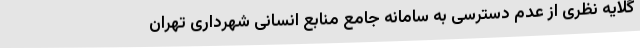
گلایه نظری از عدم دسترسی به سامانه جامع منابع انسانی شهرداری تهران